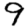
Digit: 9